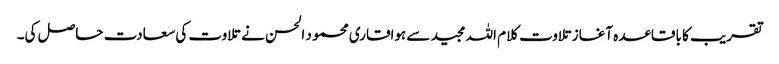
تقریب کا باقاعدہ آغاز تلاوت کلام اللہ مجید سے ہواقاری محمو د الحسن نے تلاوت کی سعادت حاصل کی۔